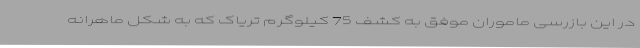
در این بازرسی ماموران موفق به کشف 75 کیلوگرم تریاک که به شکل ماهرانه